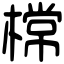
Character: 𣙟